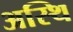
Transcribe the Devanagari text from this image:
अस्‍थि